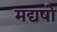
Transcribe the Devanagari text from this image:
मद्यषो